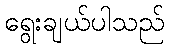
ရွေးချယ်ပါသည်